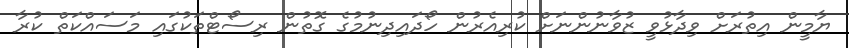
ޔާމީން އިތުރަށް ވިދާޅުވީ ޒުވާނުންނަށް ކުރިއެރުން ހޯދައިދިނުމުގެ ގޮތުން ރިސޯޓްތަކުގައި މަސައްކަތް ކުރާ